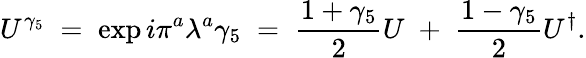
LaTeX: U^{\gamma_{5}}\; =\; \exp{i\pi^{a}\lambda^{a}\gamma_{5}}\; =\; \frac{1+\gamma_{5}}{2}U\; +\; \frac{1-\gamma_{5}}{2}U^{\dagger}.